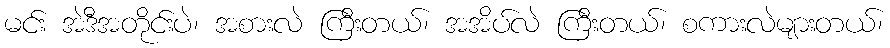
မင်း အဲဒီအတိုင်းပဲ၊ အစားလဲ ကြီးတယ်၊ အအိပ်လဲ ကြီးတယ်၊ စကားလဲများတယ်၊